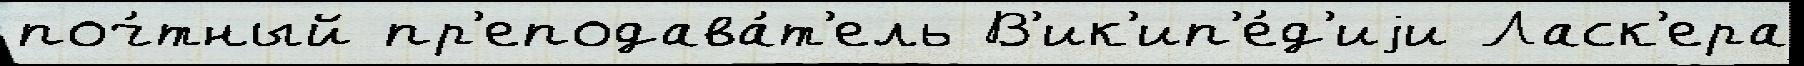
поч́тный пр'еподава́т'ель В'ик'ип'е́д'иjи Ласк'ера